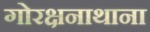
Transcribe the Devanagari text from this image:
गोरक्षनाथाना